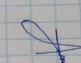
Signature authenticity: forged